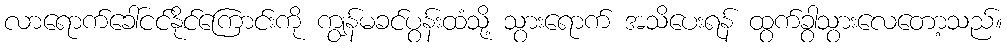
လာရောက်ခေါ်ငင်နိုင်ကြောင်းကို ကျွန်မခင်ပွန်းထံသို့ သွားရောက် အသိပေးရန် ထွက်ခွာသွားလေတော့သည်။